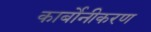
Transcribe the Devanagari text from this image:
कार्बोनीकरण